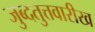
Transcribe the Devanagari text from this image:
जुब्दतुत्तवारीख